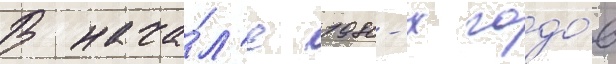
В нача́л'е 1980-х годо́в